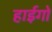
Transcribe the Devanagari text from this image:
हाईगो